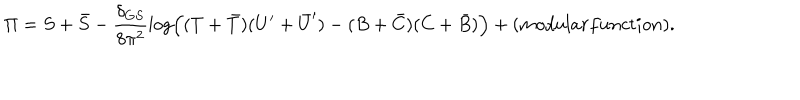
{ \Pi } = S + { \bar { S } } - \frac { \delta _ { G S } } { 8 \pi ^ { 2 } } \log \left( ( T + { \bar { T } } ) ( U ^ { \prime } + { \bar { U } } ^ { \prime } ) - ( B + { \bar { C } } ) ( C + { \bar { B } } ) \right) + ( m o d u l a r f u n c t i o n ) .